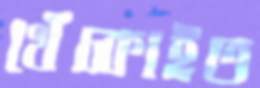
খেঁচ্‌কাইত